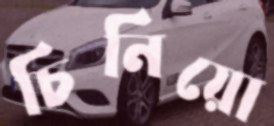
চিনিয়ো